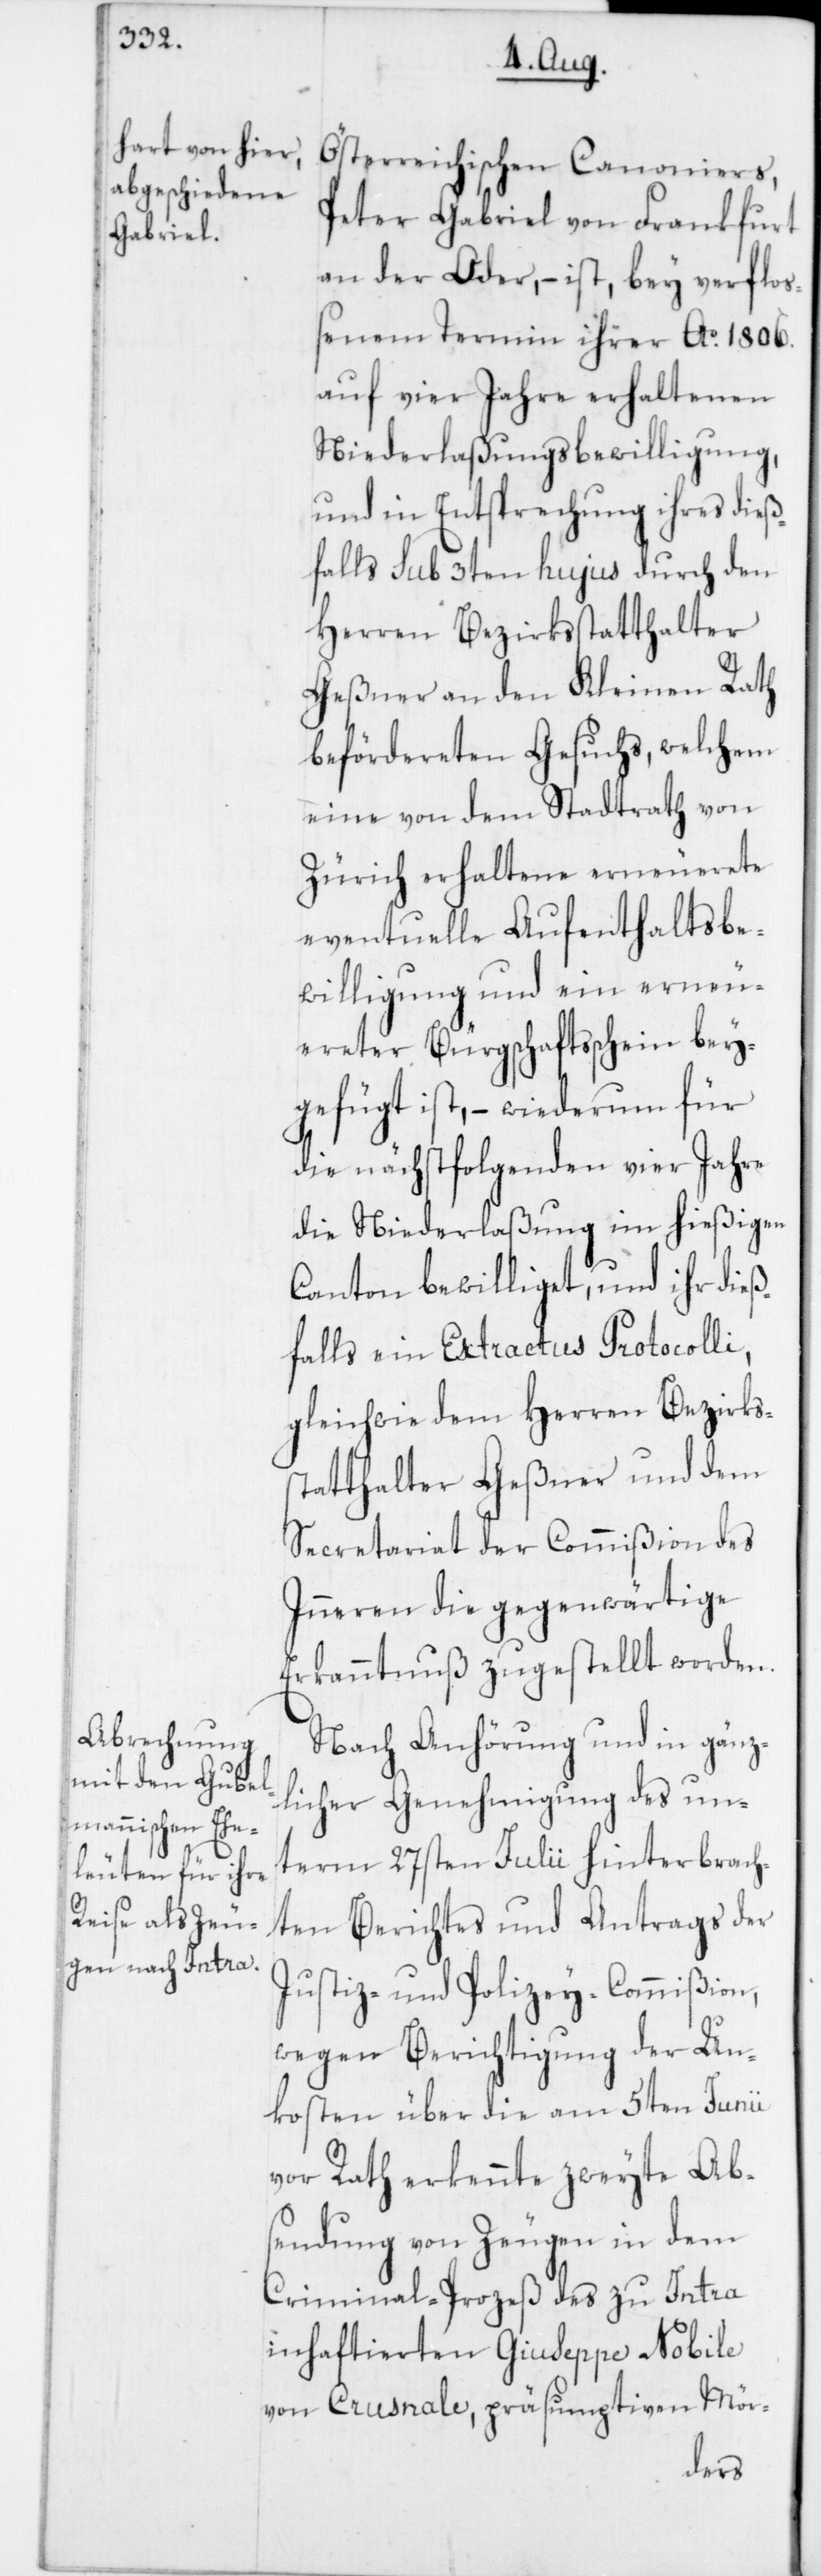
Österreichischen Canoniers
Peter Gabriel von Frankfurt
an der Oder, – ist bey verflo¬
ßenem Termin ihrer Ao 1806.
auf vier Jahre erhaltenen
Niederlaßungsbewilligung,
und in Entsprechung ihres dieß¬
falls sub 3ten hujus durch den
Herren Bezirksstatthalter
Geßner an den Kleinen Rath
befördereten Gesuchs, welchem
eine von dem Stadtrath von
Zürich erhaltene erneuerete
eventuelle Aufenthaltsbe¬
willigung und ein erneu¬
ereter Bürgschaftsschein bey¬
gefügt ist, – wiederum für
die nächstfolgenden vier Jahre
die Niederlaßung im hießigen
Canton bewilliget, und ihr dieß¬
falls ein Extractus Protocolli,
gleichwie dem Herren Bezirks¬
statthalter Geßner und dem
Secretariat der Commißion des
Inneren die gegenwärtige
Erkanntnuß zugestellt worden.
Nach Anhörung und in gänz¬
licher Genehmigung des un¬
term 27sten Julii hinterbrach¬
ten Berichtes und Antrags der
Justiz- und Polizey-Commißion,
wegen Berichtigung der Un¬
kosten über die am 5ten Junii
vor Rath erkennte zweyte Ab¬
sendung von Zeugen in dem
Criminal-Prozeß des zu Intra
inhaftierten Giuseppe Nobile
von Crusnale, präsumptiven Mör-